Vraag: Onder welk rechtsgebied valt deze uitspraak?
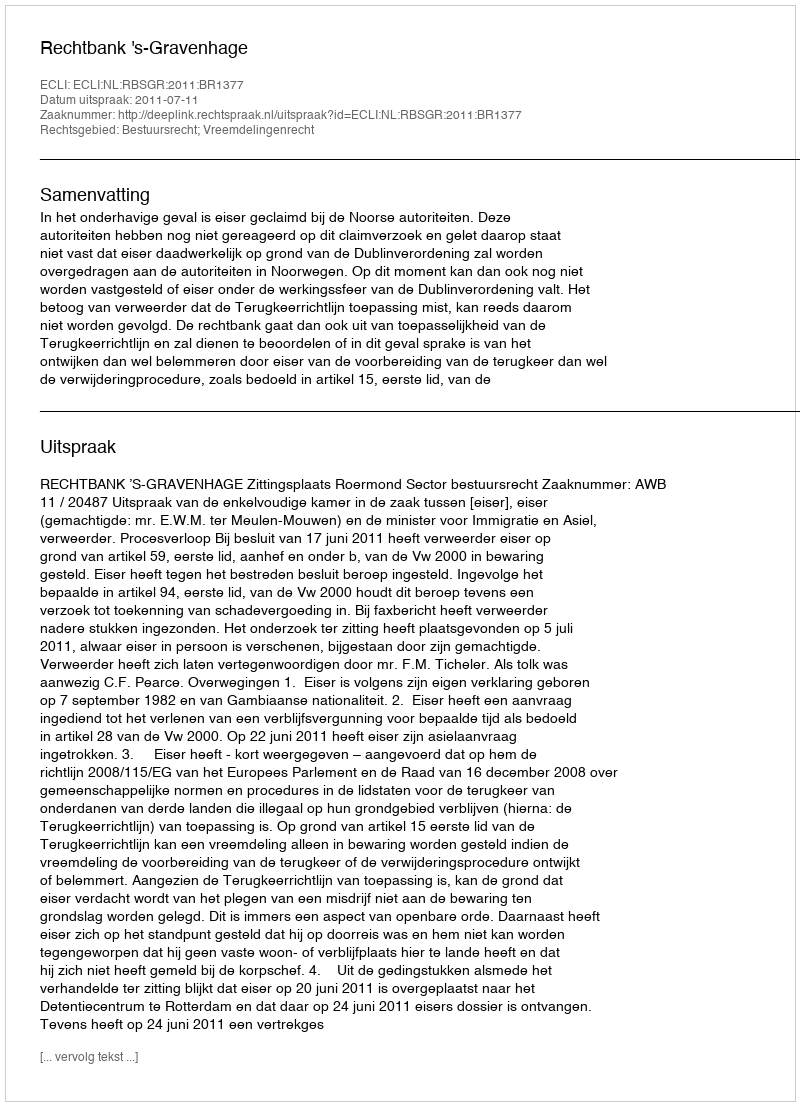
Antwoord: Bestuursrecht; Vreemdelingenrecht